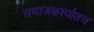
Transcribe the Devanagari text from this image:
समाजकार्यातच